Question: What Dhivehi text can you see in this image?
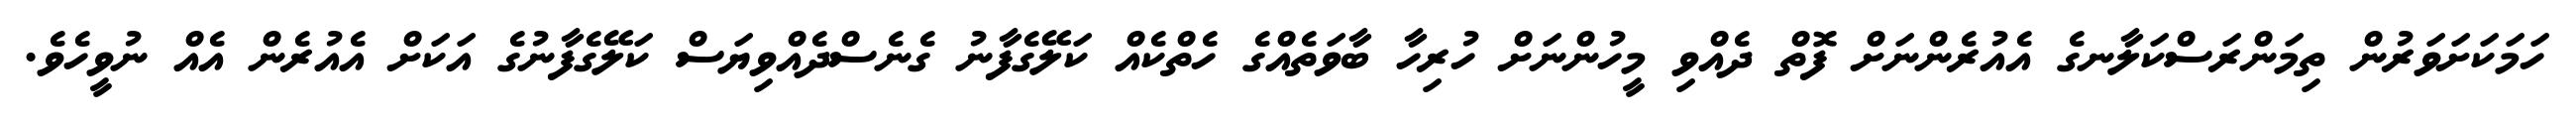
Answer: ހަމަކަށަވަރުން ތިމަންރަސްކަލާނގެ އެއުރެންނަށް ފޮތް ދެއްވި މީހުންނަށް ހުރިހާ ބާވަތެއްގެ ހެތްކެއް ކަލޭގެފާނު ގެނެސްދެއްވިޔަސް ކަލޭގެފާނުގެ އަކަށް އެއުރެން އެއް ނުވީހެވެ.